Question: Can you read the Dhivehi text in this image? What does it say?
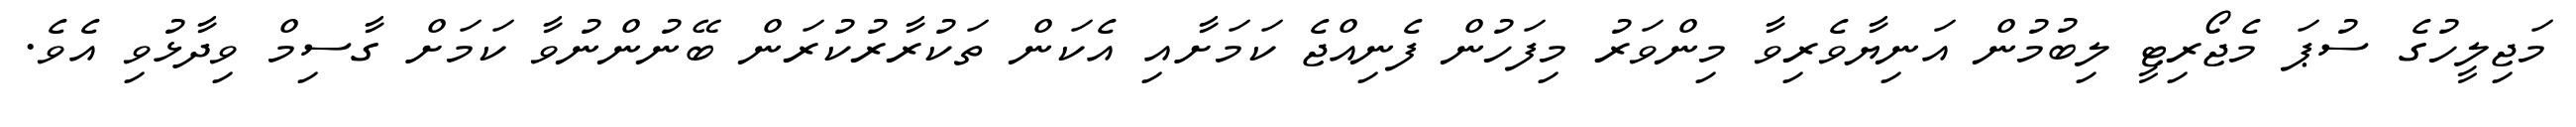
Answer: މަޖިލީހުގެ ސުޕަ މެޖޯރިޓީ ލިބުމުން އަނިޔާވެރިވާ މިންވަރު މިފަހުން ފެނިއްޖެ ކަމަށާއި އެކަން ތަކުރާރުކުރަން ބޭނުންނުވާ ކަމަށް ގާސިމް ވިދާޅުވި އެވެ.